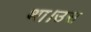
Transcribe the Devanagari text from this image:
था।उस